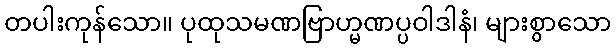
တပါးကုန်သော။ ပုထုသမဏဗြာဟ္မဏပ္ပဝါဒါနံ၊ များစွာသော